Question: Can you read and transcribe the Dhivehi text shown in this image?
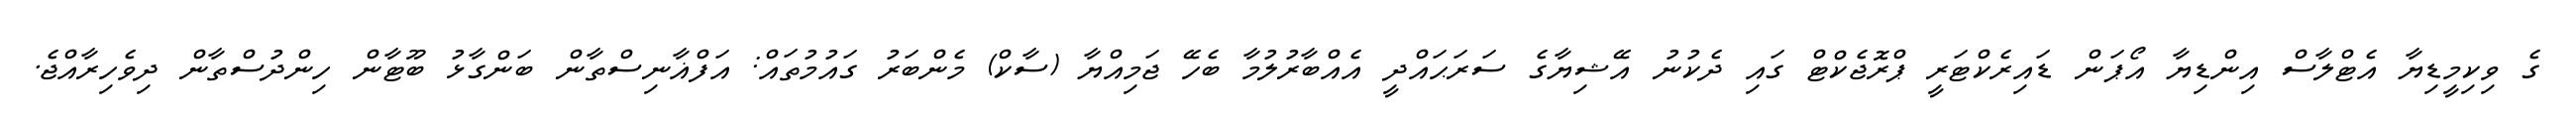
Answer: ގެ ވިކިމީޑިޔާ އެޓްލާސް އިންޑިޔާ އޯޕަން ޑައިރެކްޓަރީ ޕްރޮޖެކްޓް ގައި ދެކުނު އޭޝިޔާގެ ސަރަޙައްދީ އެއްބާރުލުމާ ބެހޭ ޖަމިއްޔާ (ސާކް) މެންބަރު ގައުމުތައް: އަފްޣާނިސްތާން ބަންގާޅު ބޫޓާން ހިންދުސްތާން ދިވެހިރާއްޖެ.